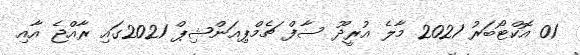
01 އޮކްޓޯބަރު 2021 މާލެ އުރީދޫ ސާފް ޗެމްޕިއަންޝިޕް 2021ގައި ރާއްޖެ އާއި